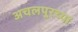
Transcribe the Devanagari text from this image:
अचलपूरच्या